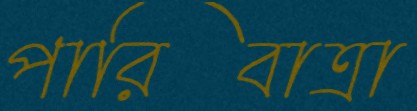
পারিবাত্রা